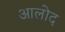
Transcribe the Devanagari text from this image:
आलोद